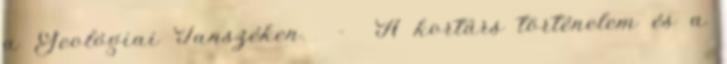
a Geológiai Tanszéken. - A kortárs történelem és a